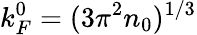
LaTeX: k_{F}^{0}=(3\pi^{2}n_{0})^{1/3}